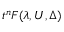
t ^ { n } F ( \lambda , U , \Delta )